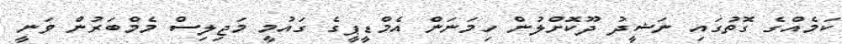
ކަމެއްގެ ގޮތުގައި ނަޝީދު ދޫކޮށްލުން ހިމަނަން އެމްޑީޕީގެ ގައުމީ މަޖިލިސް މެމްބަރުން ވަނީ